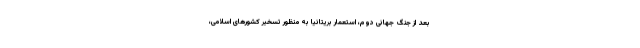
بعد از جنگ جهانی دوم، استعمار بریتانیا به منظور تسخیر کشورهای اسلامی،